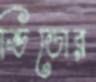
ভিডোর